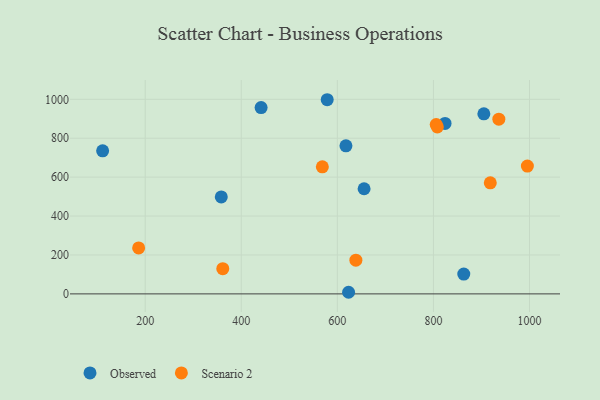
{"axis": {"x": "Ad Spend", "y": "Fuel Efficiency"}, "legend": ["Observed", "Scenario 2"], "data": [{"x": "824.2", "y": 876.2, "type": "Observed"}, {"x": "578.9", "y": 997.8, "type": "Observed"}, {"x": "905.0", "y": 925.1, "type": "Observed"}, {"x": "111.4", "y": 735.3, "type": "Observed"}, {"x": "358.4", "y": 498.5, "type": "Observed"}, {"x": "617.9", "y": 760.8, "type": "Observed"}, {"x": "655.7", "y": 540.4, "type": "Observed"}, {"x": "441.3", "y": 957.3, "type": "Observed"}, {"x": "623.4", "y": 8.3, "type": "Observed"}, {"x": "863.2", "y": 101.6, "type": "Observed"}, {"x": "638.6", "y": 173.1, "type": "Scenario 2"}, {"x": "805.8", "y": 870.4, "type": "Scenario 2"}, {"x": "808.2", "y": 858.1, "type": "Scenario 2"}, {"x": "995.6", "y": 656.9, "type": "Scenario 2"}, {"x": "936.2", "y": 897.8, "type": "Scenario 2"}, {"x": "918.4", "y": 570.6, "type": "Scenario 2"}, {"x": "568.8", "y": 653.1, "type": "Scenario 2"}, {"x": "361.5", "y": 129.4, "type": "Scenario 2"}, {"x": "186.4", "y": 236.2, "type": "Scenario 2"}]}